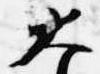
大